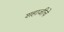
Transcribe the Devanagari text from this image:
शहाजीचे